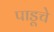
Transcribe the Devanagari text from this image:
पाडूचे